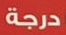
درجة